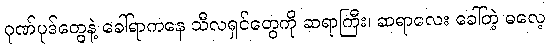
ဂုဏ်ပုဒ်တွေနဲ့ ခေါ်ရာကနေ သီလရှင်တွေကို ဆရာကြီး၊ ဆရာလေး ခေါ်တဲ့ ဓလေ့